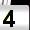
Digit: 4